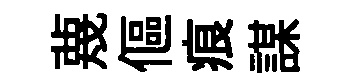
蔑傴痕謀